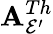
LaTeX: \mathbf{A}_{\mathcal{{E}}^{\prime}}^{Th}